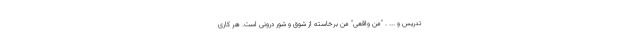
تدریس و ... . "منِ واقعی" من برخاسته از شوق و شور درونی است. هر کاری